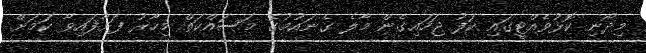
މިދޯނި ކޮޅުވެއްޓީގައި ކަފު ޖަހައިގެން މާލެ ގެނައުމުގެ މަސައްކަތް މިހާރު ފަށާފައިވާ ކަމަށް